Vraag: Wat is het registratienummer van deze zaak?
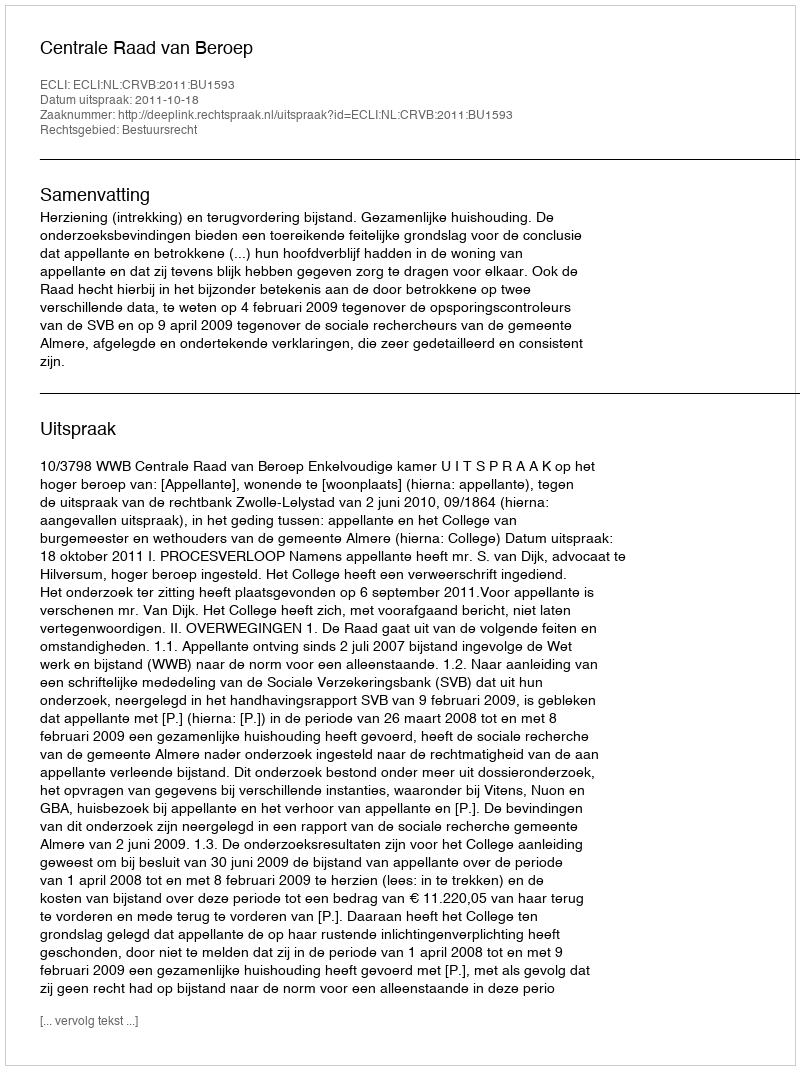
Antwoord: http://deeplink.rechtspraak.nl/uitspraak?id=ECLI:NL:CRVB:2011:BU1593